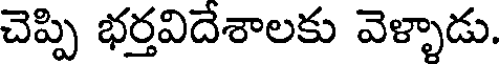
చెప్పి భర్తవిదేశాలకు వెళ్ళాడు.